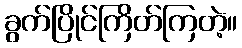
ခွက်ပြိုင်ကြိတ်ကြတဲ့။